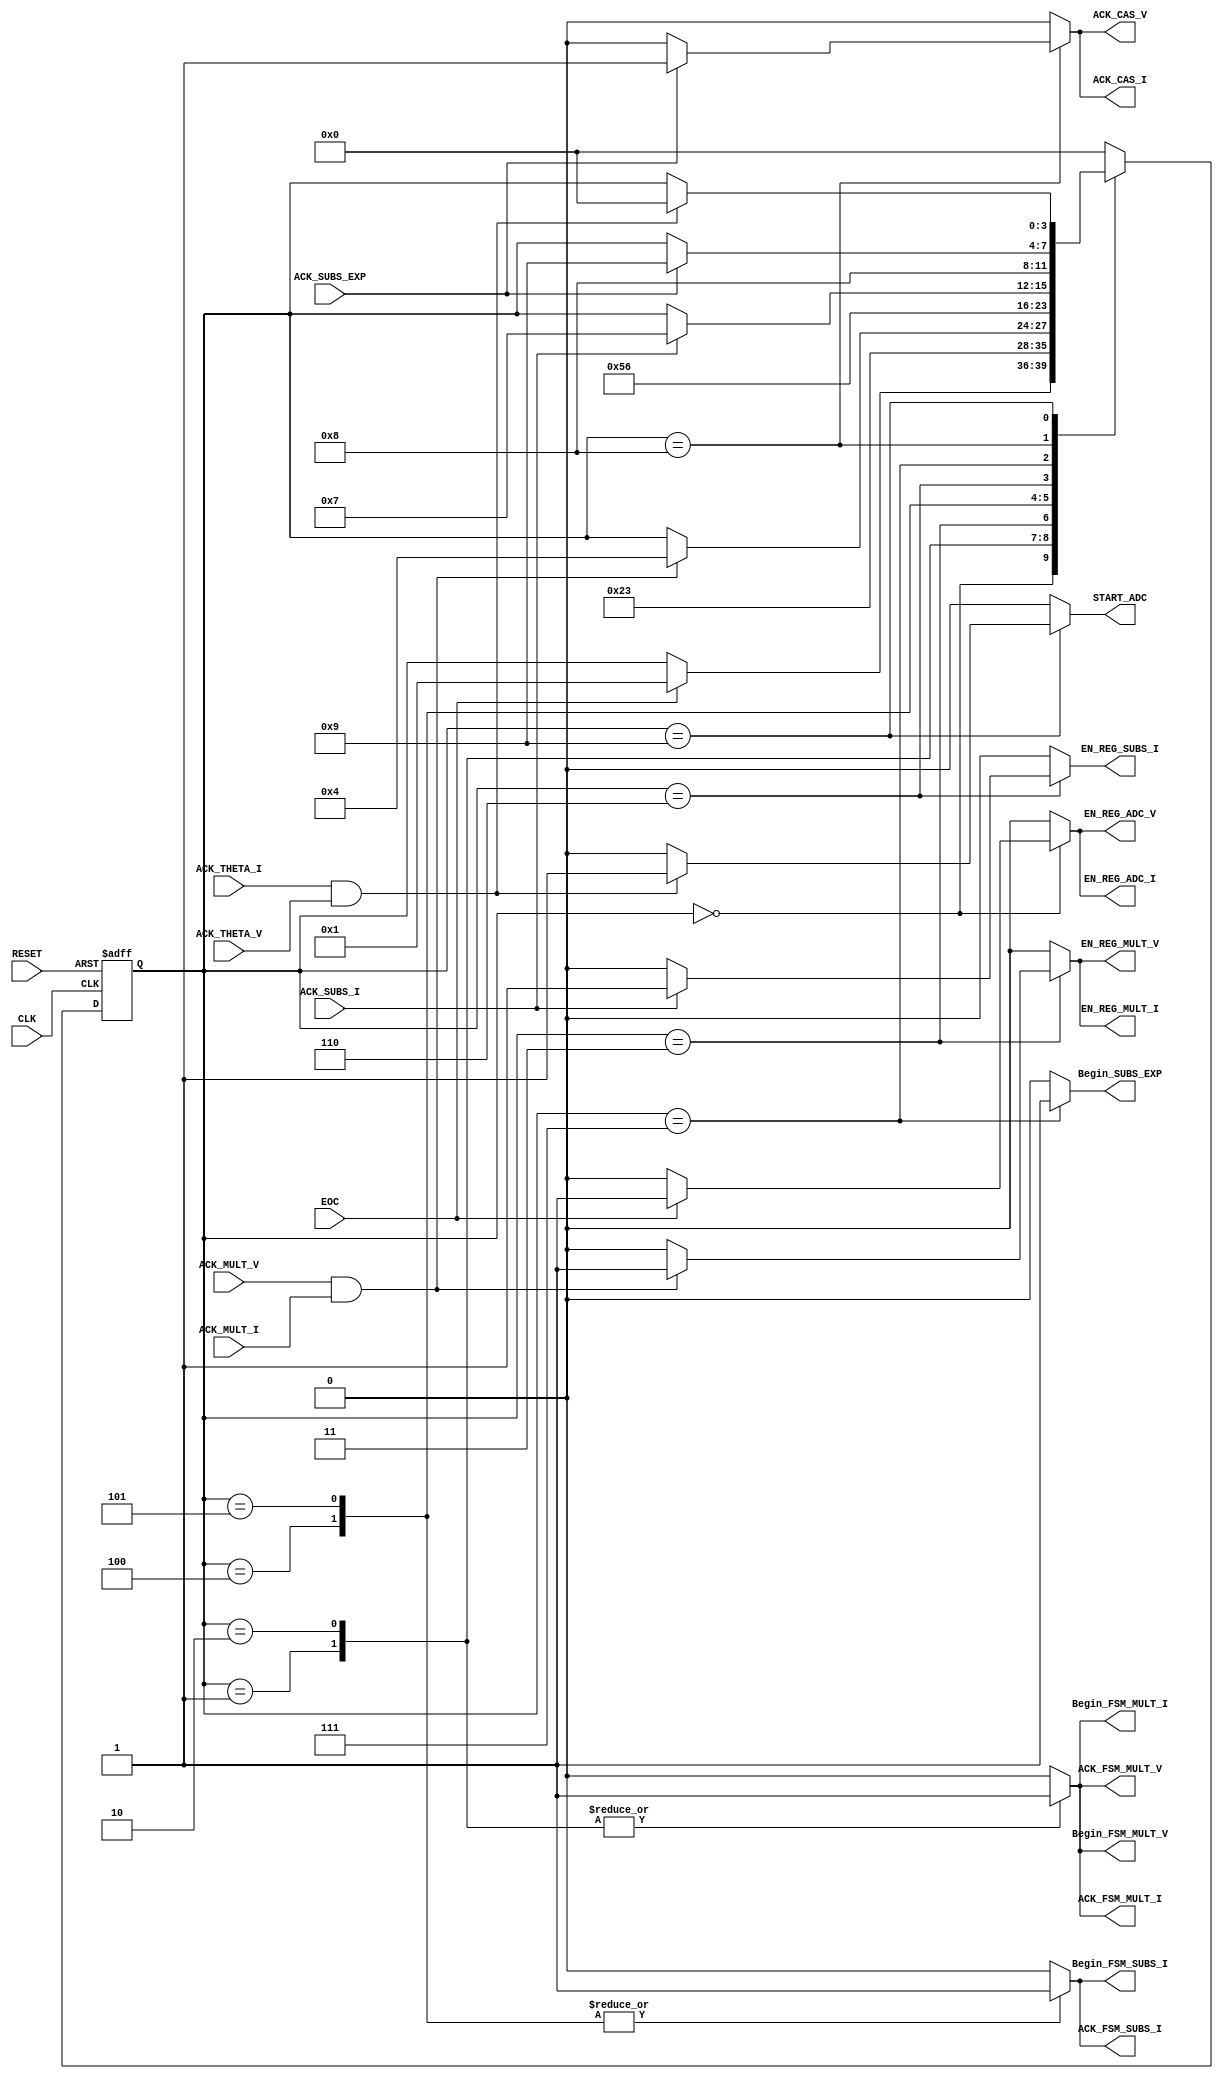
`timescale 1ns / 1ps
//////////////////////////////////////////////////////////////////////////////////
// Company: 
// 
// Design Name: 
// Module Name: FSM_CAS
// Project Name: 
// Target Devices: 
// Tool Versions: 
// Description: 
// 
// Dependencies: 
// 
// Revision:
// Revision 0.01 - File Created
// Additional Comments:
// 
//////////////////////////////////////////////////////////////////////////////////


module FSM_CAS(
	input wire CLK,RESET,ACK_MULT_I,ACK_MULT_V,ACK_SUBS_I,ACK_THETA_I, ACK_THETA_V, EOC, ACK_SUBS_EXP, //ACK_MULT_LN2,
	output reg EN_REG_ADC_I, EN_REG_ADC_V, Begin_FSM_MULT_I, Begin_FSM_MULT_V, ACK_FSM_MULT_I, ACK_FSM_MULT_V, EN_REG_MULT_I, EN_REG_MULT_V,
	output reg Begin_FSM_SUBS_I, ACK_FSM_SUBS_I, EN_REG_SUBS_I, ACK_CAS_I, ACK_CAS_V, START_ADC, Begin_SUBS_EXP //Begin_FSM_MULT_LN2, ACK_FSM_MULT_LN2
);
//*********************************************************

localparam [3:0] // Codificacin de los estados o etiquetas
	state_0 = 4'b0000,
	state_1 = 4'b0001,
	state_2 = 4'b0010,
	state_3 = 4'b0011,
	state_4 = 4'b0100,
	state_5 = 4'b0101,
	state_6 = 4'b0110,
	state_7 = 4'b0111,
	state_8 = 4'b1000,
	state_9 = 4'b1001,
	state_10 = 4'b1010,
	state_11 = 4'b1011;



reg [3:0] state, next_state; // Reg, estado actual y siguiente

//*********************************************************

//Parte Secuencial

always@(posedge CLK, posedge RESET)
begin
	if(RESET)
    begin
		state <= state_0;
	    //START_I = 1'b1;// se agregan para darle arranque a la maquina.
        //START_V = 1'b1;// de otra manera la mquina no funciona
        //CLEAR = 1'b1;
    end
	else
		state <= next_state;
end

//*********************************************************

//Parte Combinacional
always@*
begin
	next_state = state;
	EN_REG_ADC_I=0;
	EN_REG_ADC_V=0;
	Begin_FSM_MULT_I=0;
	Begin_FSM_MULT_V=0;
	ACK_FSM_MULT_I=0;
	ACK_FSM_MULT_V=0;
	EN_REG_MULT_I=0;
	EN_REG_MULT_V=0;
	Begin_FSM_SUBS_I=0;
	ACK_FSM_SUBS_I=0;
    EN_REG_SUBS_I=0;
    Begin_SUBS_EXP=0;
    //Begin_FSM_MULT_LN2=0;
    //ACK_FSM_MULT_LN2=0;	
	ACK_CAS_I=0; 
	ACK_CAS_V=0; 
	START_ADC=0; 


	case(state)
                
        state_0:
        //state_1:
            if(EOC)
            begin
                START_ADC=1'b0;
	            EN_REG_ADC_I=1'b1;
                EN_REG_ADC_V=1'b1;
                next_state = state_1;
                //next_state = state_2;
            end

	    state_1:
	    //state_2:
		    begin
		        EN_REG_ADC_I=1'b0;
                EN_REG_ADC_V=1'b0;                
                Begin_FSM_MULT_I=1'b1;
                Begin_FSM_MULT_V=1'b1;
                ACK_FSM_MULT_I=1'b1;
                ACK_FSM_MULT_V=1'b1;
                next_state = state_2;
                //next_state = state_3;
            end
            
	    //state_3:
	    state_2:
		    begin		        
		        EN_REG_ADC_I=1'b0;
                EN_REG_ADC_V=1'b0;
                Begin_FSM_MULT_I=1'b1;
                Begin_FSM_MULT_V=1'b1;
                ACK_FSM_MULT_I=1'b1;
                ACK_FSM_MULT_V=1'b1;
                next_state = state_3;
                //next_state = state_4;
            end	    
	        
		//state_4:
		state_3:
		//state_2:
			if(((ACK_MULT_V)&&(ACK_MULT_I))==1)
			begin
	            EN_REG_MULT_I=1'b1;
                EN_REG_MULT_V=1'b1;
                //next_state = state_3;
                next_state = state_4;
                //next_state = state_5;
             end
             

		//state_5:
		state_4:
		//state_3:
            begin
	            Begin_FSM_SUBS_I=1'b1;
                ACK_FSM_SUBS_I=1'b1;
                //next_state = state_4;
                next_state = state_5;
                //next_state = state_6;
            end
            
		//state_6:
		state_5:
		//state_4:
        //state_3:
                begin
                    Begin_FSM_SUBS_I=1'b1;
                    ACK_FSM_SUBS_I=1'b1;
                    //next_state = state_4;
                    //next_state = state_5;
                    next_state = state_6;
                    //next_state = state_7;
                end    						
		
		
		//state_7:
		state_6:
		//state_5:
		//state_4:
            if((ACK_SUBS_I)==1)
            begin
                EN_REG_SUBS_I = 1'b1;
                //ACK_CAS_I=1'b1; 
                //ACK_CAS_V=1'b1;
                next_state = state_7;
                //next_state = state_0;
            end

		//state_6:
		state_7:
		//state_4:
        //state_3:
            begin
                Begin_SUBS_EXP=1'b1;
                next_state = state_8;
                //next_state = state_6;
                //next_state = state_7;
            end
        
/*        //state_0:
        //state_7:
        state_8:
            if((ACK_SUBS_EXP)==1)
            begin
                Begin_FSM_MULT_LN2=1'b1;
                ACK_FSM_MULT_LN2=1'b1;
                next_state = state_9;
                //next_state = state_8;
            end    
            
        //state_0:
        //state_8:
        state_9:
        begin
            Begin_FSM_MULT_LN2=1'b1;
            ACK_FSM_MULT_LN2=1'b1;
            next_state = state_10;
            //next_state = state_9;
        end */
            
        //state_0:
        state_8:
        //state_10:
            if((ACK_SUBS_EXP)==1)
            begin
                ACK_CAS_I=1'b1; 
                ACK_CAS_V=1'b1;
                //next_state = state_11;
                next_state = state_9;
            end
                    
        //state_11:
        state_9:
            if(((ACK_THETA_I)&&(ACK_THETA_V))==1)
            begin
                START_ADC=1'b1;
                ACK_CAS_I=1'b0; 
                ACK_CAS_V=1'b0;
                next_state = state_0;
                //next_state = state_1;
            end
		    
		default:
			next_state = state_0;
			
	endcase
end

endmodule